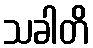
သခါတိ